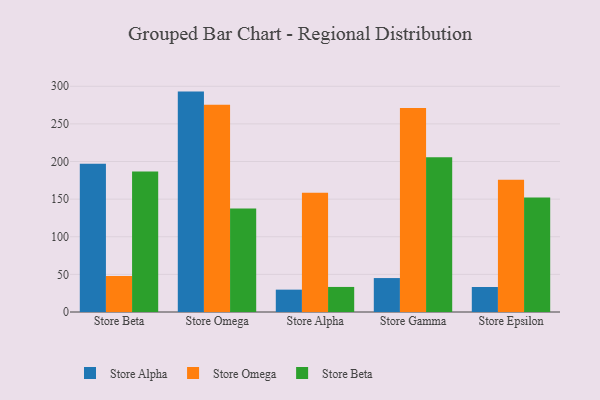
{"axis": {"x": "Store", "y": "Revenue (USD Million)"}, "legend": ["Store Alpha", "Store Beta", "Store Omega"], "data": [{"x": "Store Beta", "y": 196.9, "type": "Store Alpha"}, {"x": "Store Beta", "y": 47.9, "type": "Store Omega"}, {"x": "Store Beta", "y": 186.7, "type": "Store Beta"}, {"x": "Store Omega", "y": 292.9, "type": "Store Alpha"}, {"x": "Store Omega", "y": 275.4, "type": "Store Omega"}, {"x": "Store Omega", "y": 137.5, "type": "Store Beta"}, {"x": "Store Alpha", "y": 29.7, "type": "Store Alpha"}, {"x": "Store Alpha", "y": 158.5, "type": "Store Omega"}, {"x": "Store Alpha", "y": 33.3, "type": "Store Beta"}, {"x": "Store Gamma", "y": 45.1, "type": "Store Alpha"}, {"x": "Store Gamma", "y": 271.2, "type": "Store Omega"}, {"x": "Store Gamma", "y": 205.5, "type": "Store Beta"}, {"x": "Store Epsilon", "y": 33.2, "type": "Store Alpha"}, {"x": "Store Epsilon", "y": 175.6, "type": "Store Omega"}, {"x": "Store Epsilon", "y": 152.2, "type": "Store Beta"}]}